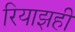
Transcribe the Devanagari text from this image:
रियाझही